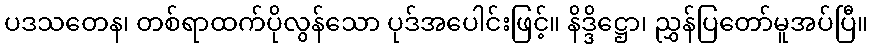
ပဒသတေန၊ တစ်ရာထက်ပိုလွန်သော ပုဒ်အပေါင်းဖြင့်။ နိဒ္ဒိဋ္ဌော၊ ညွှန်ပြတော်မူအပ်ပြီ။